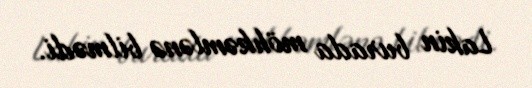
Lakin burada möhkəmlənə bilmədi.